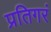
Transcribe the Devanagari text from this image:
प्रतिगरं